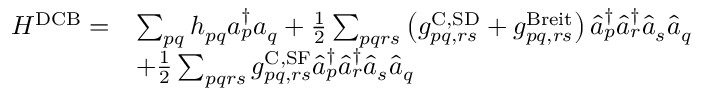
\begin{array} { r l } { H ^ { \mathrm { D C B } } = } & { \sum _ { p q } h _ { p q } a _ { p } ^ { \dagger } a _ { q } + \frac { 1 } { 2 } \sum _ { p q r s } \left( g _ { p q , r s } ^ { \mathrm { C , S D } } + g _ { p q , r s } ^ { \mathrm { B r e i t } } \right) \hat { a } _ { p } ^ { \dagger } \hat { a } _ { r } ^ { \dagger } \hat { a } _ { s } \hat { a } _ { q } } \\ & { + \frac { 1 } { 2 } \sum _ { p q r s } g _ { p q , r s } ^ { \mathrm { C , S F } } \hat { a } _ { p } ^ { \dagger } \hat { a } _ { r } ^ { \dagger } \hat { a } _ { s } \hat { a } _ { q } } \end{array}